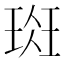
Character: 𰢁